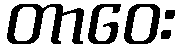
တာဝေး